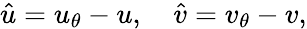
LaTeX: \hat{u}=u_{\theta}-u,\quad\hat{v}=v_{\theta}-v,